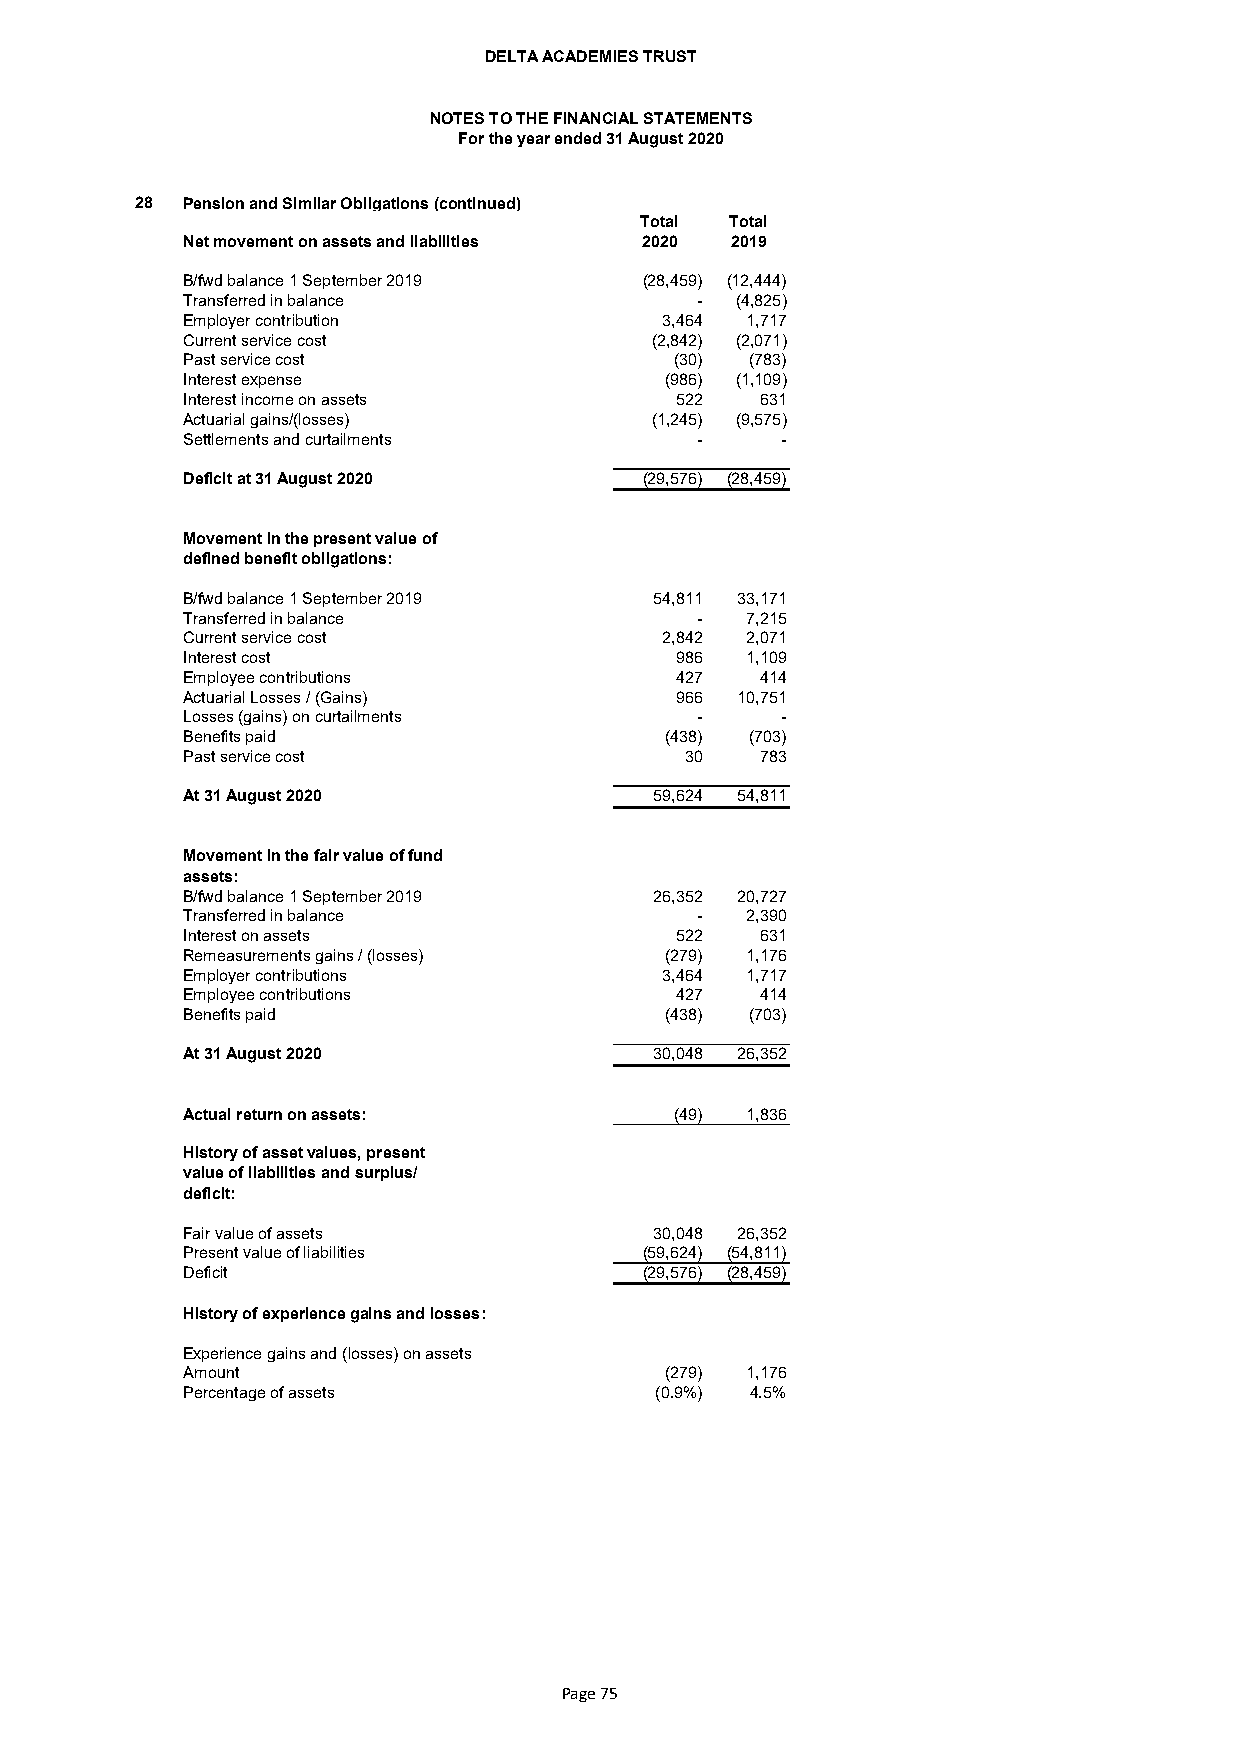
DELTA ACADEMIES TRUST
 NOTES TO THE FINANCIAL STATEMENTS
 For the year ended 31 August 2020
 28 Pension and Similar Obligations (continued)
 Total Total
 Net movement on assets and liabilities 2020 2019
 B/fwd balance 1 September 2019 (28,459) (12,444)
 Transferred in balance            -  (4,825)
 Employer contribution           3,464 1,717
 Current service cost           (2,842) (2,071)
 Past service cost                (30) (783)
 Interest expense                (986) (1,109)
 Interest income on assets        522  631
 Actuarial gains/(losses)       (1,245) (9,575)
 Settlements and curtailments      -     -
 Deficit at 31 August 2020      (29,576) (28,459)
 Movement in the present value of
 defined benefit obligations:
 B/fwd balance 1 September 2019 54,811 33,171
 Transferred in balance            -  7,215
 Current service cost            2,842 2,071
 Interest cost                    986 1,109
 Employee contributions           427  414
 Actuarial Losses / (Gains)       966 10,751
 Losses (gains) on curtailments    -     -
 Benefits paid                   (438) (703)
 Past service cost                30   783
 At 31 August 2020              59,624 54,811
 Movement in the fair value of fund
 assets:
 B/fwd balance 1 September 2019 26,352 20,727
 Transferred in balance            -  2,390
 Interest on assets               522  631
 Remeasurements gains / (losses) (279) 1,176
 Employer contributions          3,464 1,717
 Employee contributions           427  414
 Benefits paid                   (438) (703)
 At 31 August 2020              30,048 26,352
 Actual return on assets:         (49) 1,836
 History of asset values, present
 value of liabilities and surplus/
 deficit:
 Fair value of assets           30,048 26,352
 Present value of liabilities   (59,624) (54,811)
 Deficit                        (29,576) (28,459)
 History of experience gains and losses:
 Experience gains and (losses) on assets
 Amount                          (279) 1,176
 Percentage of assets           (0.9%) 4.5%
 Page 75